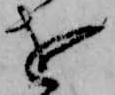
を